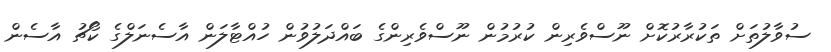
ސުވާލުތަށް ތަކުރާރުކޮށް ނޫސްވެރިން ކުރުމުން ނޫސްވެރިންގެ ބައްދަލުވުން ހުއްޓާލަން އާސެނަލްގެ ކޯޗު އާސެން